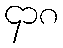
၄၁၈